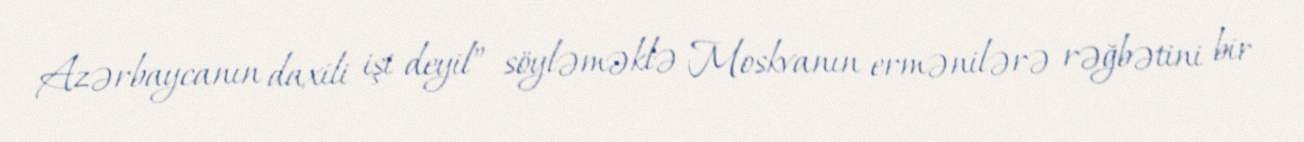
Azərbaycanın daxili işi deyil” söyləməklə Moskvanın ermənilərə rəğbətini bir